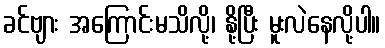
ခင်ဗျား အကြောင်းမသိလို့၊ နို့ပြီး မူးလဲနေလို့ပါ။